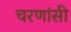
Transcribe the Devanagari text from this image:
चरणांसी